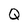
Character: Q